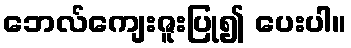
ဘေလ်ကျေးဇူးပြု၍ ပေးပါ။